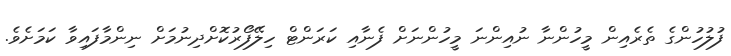
ފުލުހުންގެ ތެރެއިން މީހުންނާ ނުއިންނަ މީހުންނަށް ފެނާއި ކަރަންޓް ހިލޭފޯރުކޮށްދިނުމަށް ނިންމާފައިވާ ކަމަށެވެ.